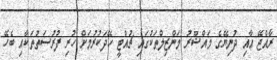
ރާއްޖޭ އާއި ދުނިޔޭގެ މައްޝޫރު މަންޒިލްތަކުގައި ޗުއްޓީ ހޭދަކުރުމަށް ހުރި ފުރުސަތުތަކާއި ބެހޭ